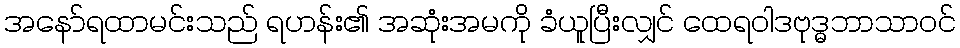
အနော်ရထာမင်းသည် ရဟန်း၏ အဆုံးအမကို ခံယူပြီးလျှင် ထေရဝါဒဗုဒ္ဓဘာသာဝင်